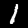
Label: 1